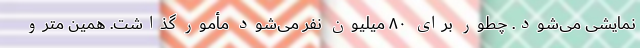
نمایشی می‌شود. چطور برای ۸۰ میلیون نفر می‌شود مأمور گذاشت. همین مترو